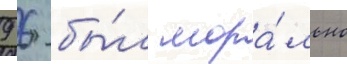
9 6 бы́л мора́льно